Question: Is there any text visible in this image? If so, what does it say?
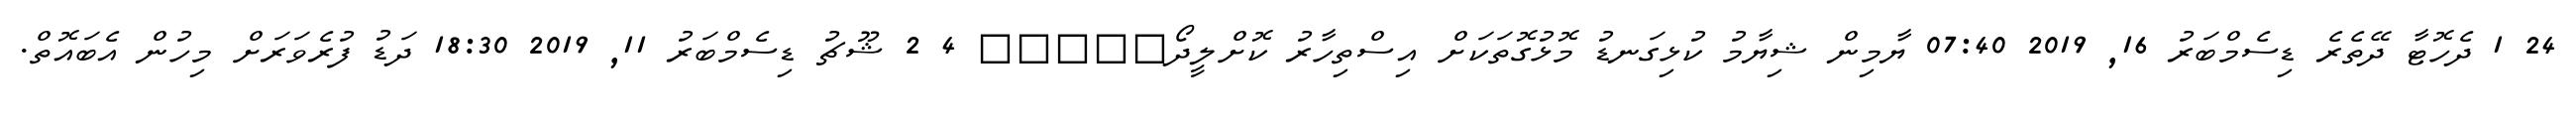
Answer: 24 1 ދެހޮޓާ ދޭތެރެ ޑިސެމްބަރު 16, 2019 07:40 ޔާމިން ޝިޔާމު ކުޅިގަނޑު މޮޅުގޮތަކަށް އިސްތިހާރު ކޮށްލީދޯ????? 4 2 ޝޫޗު ޑިސެމްބަރު 11, 2019 18:30 ދަޑު ފުރެވަރަށް މިހުން އެބައޮތް.